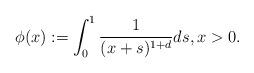
LaTeX: \begin{align*}\phi(x) := \int_{0}^{1} \frac{1}{(x +s)^{1+d}} ds, x>0.\end{align*}